Indian journal of veterinary science and animal husbandry - Volume 5,
Year: 1935
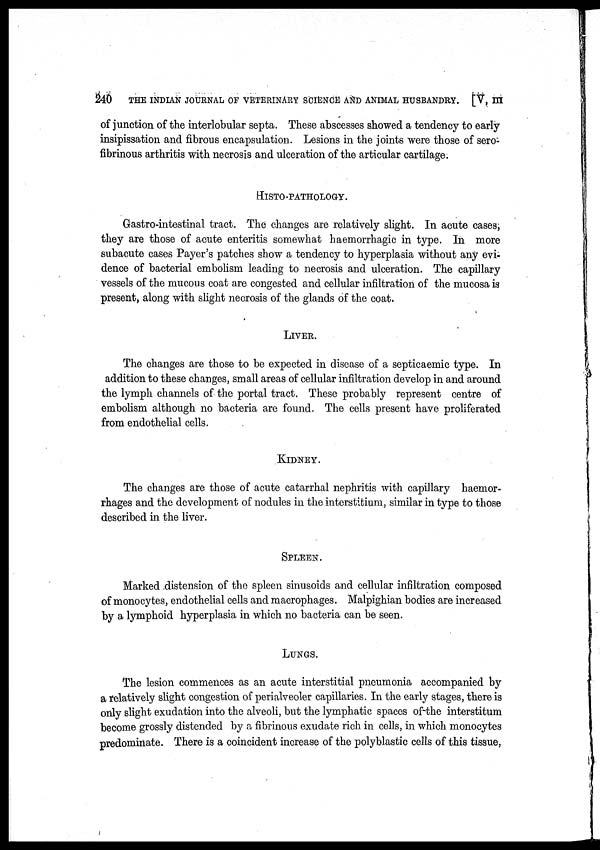
240
THE INDIAN JOURNAL OF VETERINARY SCIENCE AND ANIMAL HUSBANDRY. [V, III
of junction of the interlobular septa. These abscesses showed a tendency to early
insipissation and fibrous encapsulation. Lesions in the joints were those of sero-
fibrinous arthritis with necrosis and ulceration of the articular cartilage.
HISTO-PATHOLOGY.
Gastro-intestinal tract. The changes are relatively slight. In acute cases;
they are those of acute enteritis somewhat haemorrhagic in type. In more
subacute cases Payer's patches show a tendency to hyperplasia without any evi-
dence of bacterial embolism leading to necrosis and ulceration. The capillary
vessels of the mucous coat are congested and cellular infiltration of the mucosa is
present, along with slight necrosis of the glands of the coat.
LIVER.
The changes are those to be expected in disease of a septicaemic type. In
addition to these changes, small areas of cellular infiltration develop in and around
the lymph channels of the portal tract. These probably represent centre of
embolism although no bacteria are found. The cells present have proliferated
from endothelial cells.
KIDNEY.
The changes are those of acute catarrhal nephritis with capillary haemor-
rhages and the development of nodules in the interstitium, similar in type to those
described in the liver.
SPLEEN.
Marked distension of the spleen sinusoids and cellular infiltration composed
of monocytes, endothelial cells and macrophages. Malpighian bodies are increased
by a lymphoid hyperplasia in which no bacteria can be seen.
LUNGS.
The lesion commences as an acute interstitial pneumonia accompanied by
a relatively slight congestion of perialveoler capillaries. In the early stages, there is
only slight exudation into the alveoli, but the lymphatic spaces of the interstitum
become grossly distended by a fibrinous exudate rich in cells, in which monocytes
predominate. There is a coincident increase of the polyblastic cells of this tissue,